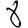
Digit: 8